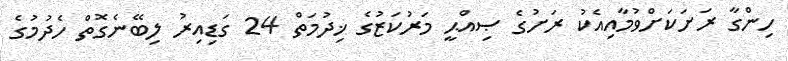
ހިންގާ ރަށަކަށްވުމާއިއެކު ރަށުގެ ޞިއްޙީ މަރުކަޒުގެ ޚިދުމަތް 24 ގަޑިއިރު ލިބޭނެގޮތް ހެދުމުގެ